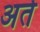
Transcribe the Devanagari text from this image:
अर्त